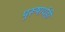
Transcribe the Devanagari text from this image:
पुरूषार्थही